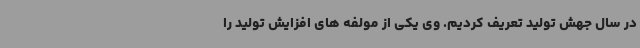
در سال جهش تولید تعریف کردیم. وی یکی از مولفه های افزایش تولید را